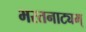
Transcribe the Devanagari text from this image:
भरतनाट्यम्‌